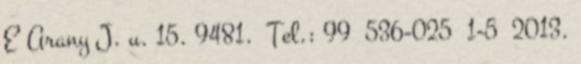
E Arany J. u. 15. 9481. Tel.: 99 536-025 1-5 2013.